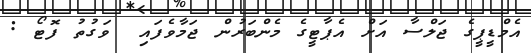
އެމްޑީޕީގެ ޖަލްސާ އަށް އެޕާޓީގެ މެންބަރުން ޖަމާވެފައި  ވަގުތު ފޮޓޯ :